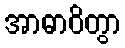
အာဓာဝိတွာ